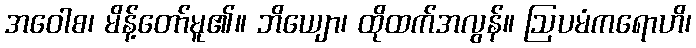
အဝေါစ၊ မိန့်တော်မူ၏။ ဘိယျော၊ ထိုထက်အလွန်။ ဩပမံကရောဟိ၊